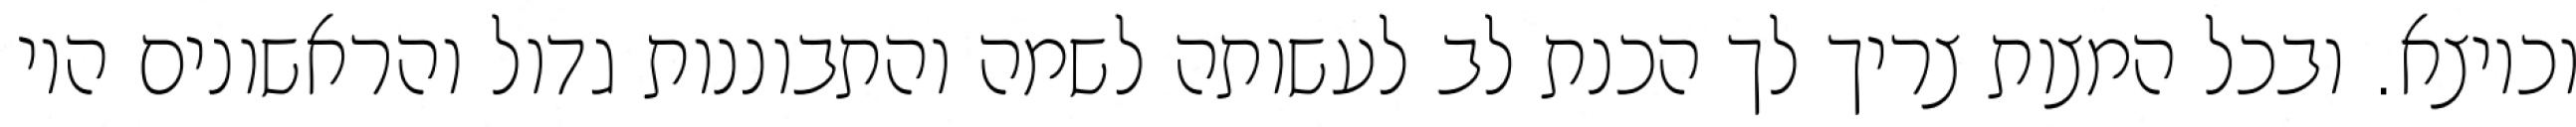
וכיוצא. ובכל המצות צריך לך הכנת לב לעשותה לשמה והתבוננות גדול והראשונים היו